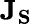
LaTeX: {\mathbf{{J}}}_{\mathbf{{S}}}